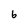
Character: 6